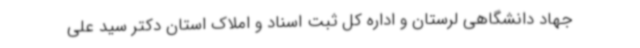
جهاد دانشگاهی لرستان و اداره کل ثبت اسناد و املاک استان دکتر سید علی